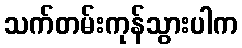
သက်တမ်းကုန်သွားပါက